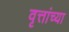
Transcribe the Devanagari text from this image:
वृत्तांच्या